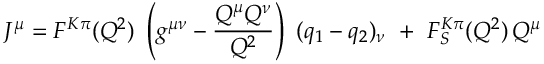
J ^ { \mu } = F ^ { K \pi } ( Q ^ { 2 } ) \, \, \left( g ^ { \mu \nu } - \frac { Q ^ { \mu } Q ^ { \nu } } { Q ^ { 2 } } \right) \, \, ( q _ { 1 } - q _ { 2 } ) _ { \nu } \, \, + \, \, F _ { S } ^ { K \pi } ( Q ^ { 2 } ) \, Q ^ { \mu }